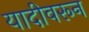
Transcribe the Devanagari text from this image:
यादीवरून